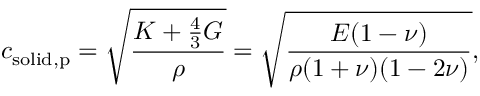
c _ { \mathrm { s o l i d , p } } = { \sqrt { \frac { K + { \frac { 4 } { 3 } } G } { \rho } } } = { \sqrt { \frac { E ( 1 - \nu ) } { \rho ( 1 + \nu ) ( 1 - 2 \nu ) } } } ,